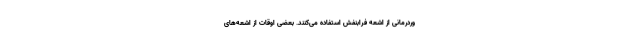
وردرمانی از اشعه فرابنفش استفاده می‌کنند. بعضی اوقات از اشعه‌های